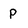
Character: P